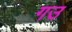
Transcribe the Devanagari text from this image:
गउ